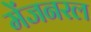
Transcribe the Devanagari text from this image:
मेंजनरल